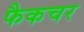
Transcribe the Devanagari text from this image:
फैकचर